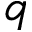
q